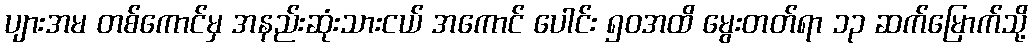
ပျားအမ တစ်ကောင်မှ အနည်းဆုံးသားငယ် အကောင် ပေါင်း ၅၀အထိ မွေးတတ်ရာ ၁၃ ဆက်မြောက်သို့